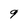
Character: 9